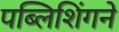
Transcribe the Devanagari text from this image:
पब्लिशिंगने